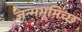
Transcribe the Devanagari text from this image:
जन्मभूमिच्छ